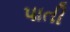
પાતી